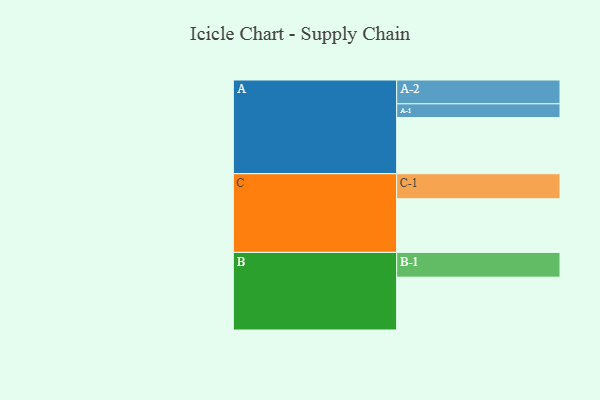
{"axis": {"x": "Segment", "y": "Value"}, "legend": ["", "A", "B", "C"], "data": [{"x": "A", "y": 582, "type": ""}, {"x": "B", "y": 548, "type": ""}, {"x": "C", "y": 556, "type": ""}, {"x": "A-1", "y": 143, "type": "A"}, {"x": "A-2", "y": 247, "type": "A"}, {"x": "B-1", "y": 257, "type": "B"}, {"x": "C-1", "y": 260, "type": "C"}]}